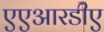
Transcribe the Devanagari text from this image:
एएआरडीए